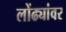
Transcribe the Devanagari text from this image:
लोंढ्यांवर